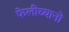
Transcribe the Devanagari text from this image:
फेलीच्यानो